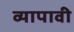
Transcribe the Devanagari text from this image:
व्यापावी